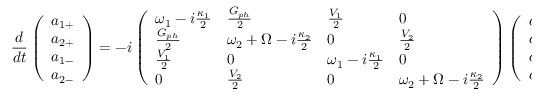
\frac { d } { d t } \left( \begin{array} { l } { a _ { 1 + } } \\ { a _ { 2 + } } \\ { a _ { 1 - } } \\ { a _ { 2 - } } \end{array} \right) = - i \left( \begin{array} { l l l l } { \omega _ { 1 } - i \frac { \kappa _ { 1 } } { 2 } } & { \frac { G _ { p h } } { 2 } } & { \frac { V _ { 1 } } { 2 } } & { 0 } \\ { \frac { G _ { p h } } { 2 } } & { \omega _ { 2 } + \Omega - i \frac { \kappa _ { 2 } } { 2 } } & { 0 } & { \frac { V _ { 2 } } { 2 } } \\ { \frac { V _ { 1 } } { 2 } } & { 0 } & { \omega _ { 1 } - i \frac { \kappa _ { 1 } } { 2 } } & { 0 } \\ { 0 } & { \frac { V _ { 2 } } { 2 } } & { 0 } & { \omega _ { 2 } + \Omega - i \frac { \kappa _ { 2 } } { 2 } } \end{array} \right) \left( \begin{array} { l } { a _ { 1 + } } \\ { a _ { 2 + } } \\ { a _ { 1 - } } \\ { a _ { 2 - } } \end{array} \right) ,